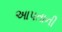
આપતાની